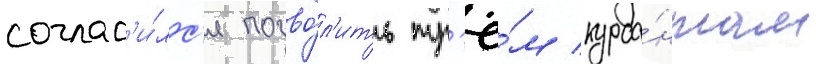
соглас'и́лс'я позво́л'ить тр'ё́м курса́нтам